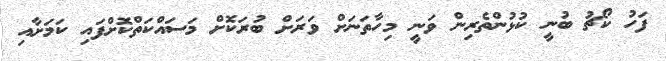
ފަހު ކޯޗު ބުނީ ކުޅުންތެރިން ވަނީ މިހާތަނަށް ވަރަށް ބުރަކޮށް މަސައްކަތްކޮށްފައި ކަމަށާއި